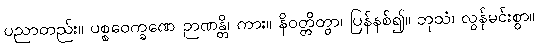
ပညာတည်း။ ပစ္စဝေက္ခဏေ ဉာဏန္တိ၊ ကား။ နိဝတ္တိတွာ၊ ပြန်နစ်၍။ ဘုသံ၊ လွန်မင်းစွာ။